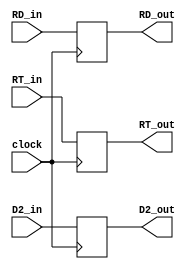
// EX_MEM.v

module EX_MEM(
	input wire clock,
	input wire [31:0] RT_in,
	input wire [31:0] D2_in,
	input wire [4:0]  RD_in,
	
	output reg [31:0] RT_out,
	output reg [31:0] D2_out,
	output reg [4:0]  RD_out);

	always @(posedge clock) begin
		RT_out <= RT_in;
		D2_out <= D2_in;
		RD_out <= RD_in;
	end
endmodule